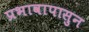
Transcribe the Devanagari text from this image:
प्रभावापासुन